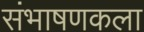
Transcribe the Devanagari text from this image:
संभाषणकला